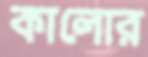
কালোর